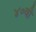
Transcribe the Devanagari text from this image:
४०वी